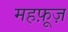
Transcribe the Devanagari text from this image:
महफ़ूज़